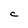
Character: C